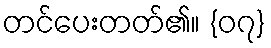
တင်ပေးတတ်၏။ {၀၇}